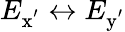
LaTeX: E_{\mathrm{x^{'}}}\leftrightarrow E_{\mathrm{y^{'}}}